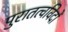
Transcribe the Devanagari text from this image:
पुरातत्‍वविदों